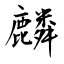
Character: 麟